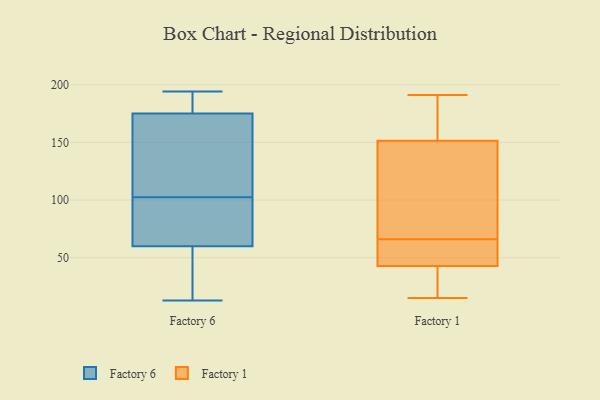
{"axis": {"x": "Shipments", "y": "Value"}, "legend": ["Factory 1", "Factory 6"], "data": [{"x": "", "y": 183, "type": "Factory 6"}, {"x": "", "y": 63, "type": "Factory 6"}, {"x": "", "y": 108, "type": "Factory 6"}, {"x": "", "y": 175, "type": "Factory 6"}, {"x": "", "y": 113, "type": "Factory 6"}, {"x": "", "y": 162, "type": "Factory 6"}, {"x": "", "y": 177, "type": "Factory 6"}, {"x": "", "y": 77, "type": "Factory 6"}, {"x": "", "y": 172, "type": "Factory 6"}, {"x": "", "y": 63, "type": "Factory 6"}, {"x": "", "y": 33, "type": "Factory 6"}, {"x": "", "y": 184, "type": "Factory 6"}, {"x": "", "y": 194, "type": "Factory 6"}, {"x": "", "y": 97, "type": "Factory 6"}, {"x": "", "y": 13, "type": "Factory 6"}, {"x": "", "y": 60, "type": "Factory 6"}, {"x": "", "y": 25, "type": "Factory 6"}, {"x": "", "y": 28, "type": "Factory 6"}, {"x": "", "y": 191, "type": "Factory 1"}, {"x": "", "y": 43, "type": "Factory 1"}, {"x": "", "y": 66, "type": "Factory 1"}, {"x": "", "y": 53, "type": "Factory 1"}, {"x": "", "y": 68, "type": "Factory 1"}, {"x": "", "y": 42, "type": "Factory 1"}, {"x": "", "y": 123, "type": "Factory 1"}, {"x": "", "y": 162, "type": "Factory 1"}, {"x": "", "y": 172, "type": "Factory 1"}, {"x": "", "y": 20, "type": "Factory 1"}, {"x": "", "y": 64, "type": "Factory 1"}, {"x": "", "y": 25, "type": "Factory 1"}, {"x": "", "y": 148, "type": "Factory 1"}, {"x": "", "y": 15, "type": "Factory 1"}, {"x": "", "y": 72, "type": "Factory 1"}, {"x": "", "y": 48, "type": "Factory 1"}, {"x": "", "y": 186, "type": "Factory 1"}]}